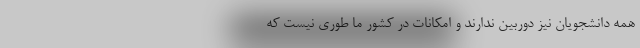
همه دانشجویان نیز دوربین ندارند و امکانات در کشور ما طوری نیست که